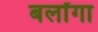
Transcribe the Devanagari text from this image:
बर्लांगा